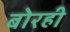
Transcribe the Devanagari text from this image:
बोरही